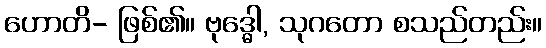
ဟောတိ- ဖြစ်၏။ ဗုဒ္ဓေါ, သုဂတော စသည်တည်း။